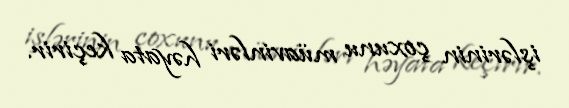
işlərinin çoxunu müavinləri həyata keçirir.